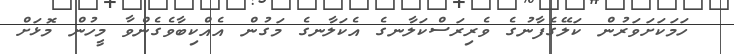
ހަމަކަށަވަރުން ކަލޭގެފާނުގެ ވެރިރަސްކަލާނގެ އެކަލާނގެ މަގުން އެއްކިބާވެގެންވާ މީހުން މޮޅަށް